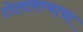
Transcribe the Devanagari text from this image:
टोलावण्याचा